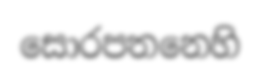
සොරපතනෙහි